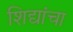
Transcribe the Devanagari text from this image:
शिद्यांचा